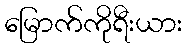
မြောက်ကိုရီးယား